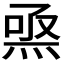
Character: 𤊅